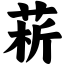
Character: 菥